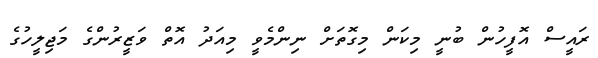
ރައީސް އޮފީހުން ބުނީ މިކަން މިގޮތަށް ނިންމެވީ މިއަދު އޮތް ވަޒީރުންގެ މަޖިލީހުގެ